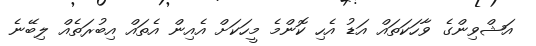
އަޝްވިންގެ ވާހަކަތައް އަޑު އެހި ކޮންމެ މީހަކަށް އެއިން އެތައް އިބުރަތެއް ލިބޭނެ